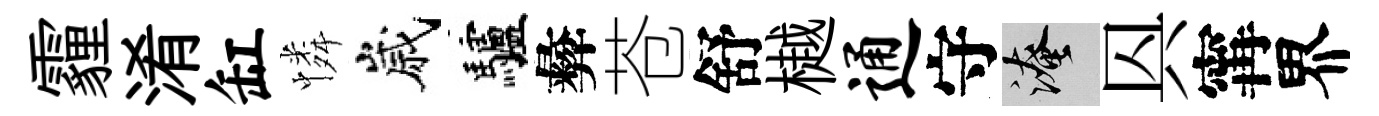
霾淆缸憐嵗驢彜苍舒樾通守淹㒷𡩋界